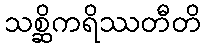
သစ္ဆိကရိဿတီတိ